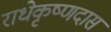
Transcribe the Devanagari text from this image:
राधेकृष्णदास